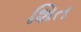
શિત